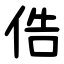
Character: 俈